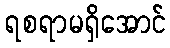
ရစရာမရှိအောင်